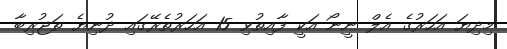
މިދިޔަ އަހަރުގެ އެލް ނީނޯ އަކީ ފާއިތުވި 15 އަހަރުތެރޭގައި ދުނިޔެ ތަޖުރިބާ